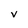
Character: V